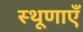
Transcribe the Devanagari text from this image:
स्थूणाएँ